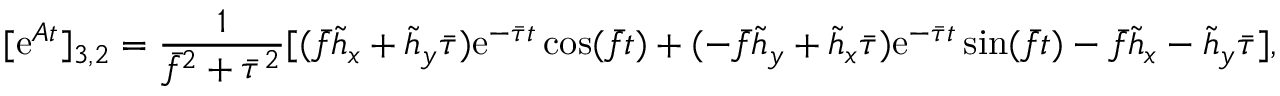
[ \mathrm { e } ^ { \boldsymbol { A } t } ] _ { 3 , 2 } = \frac { 1 } { \bar { f } ^ { 2 } + \bar { \tau } ^ { 2 } } [ ( \bar { f } \tilde { h } _ { x } + \tilde { h } _ { y } \bar { \tau } ) \mathrm { e } ^ { - \bar { \tau } t } \cos ( \bar { f } t ) + ( - \bar { f } \tilde { h } _ { y } + \tilde { h } _ { x } \bar { \tau } ) \mathrm { e } ^ { - \bar { \tau } t } \sin ( \bar { f } t ) - \bar { f } \tilde { h } _ { x } - \tilde { h } _ { y } \bar { \tau } ] ,